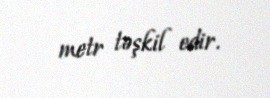
metr təşkil edir.